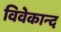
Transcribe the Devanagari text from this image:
विवेकान्‍द